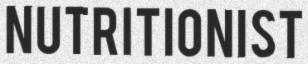
NUTRITIONIST